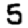
Digit: 5